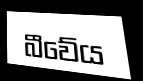
බීවේය